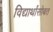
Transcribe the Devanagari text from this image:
विद्यार्थांसोबत